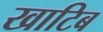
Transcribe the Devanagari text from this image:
खाटिब